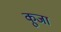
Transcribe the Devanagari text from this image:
कूजा